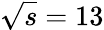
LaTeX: \sqrt s=13